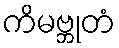
ကိမဗ္ဘုတံ